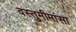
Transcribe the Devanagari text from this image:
वस्तुमीमांसा